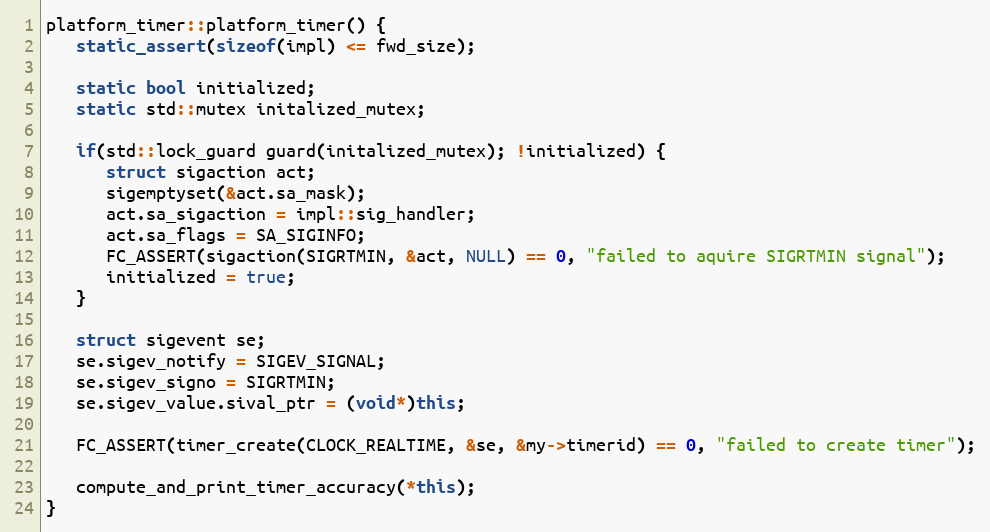
Language: C++
platform_timer::platform_timer() {
   static_assert(sizeof(impl) <= fwd_size);

   static bool initialized;
   static std::mutex initalized_mutex;

   if(std::lock_guard guard(initalized_mutex); !initialized) {
      struct sigaction act;
      sigemptyset(&act.sa_mask);
      act.sa_sigaction = impl::sig_handler;
      act.sa_flags = SA_SIGINFO;
      FC_ASSERT(sigaction(SIGRTMIN, &act, NULL) == 0, "failed to aquire SIGRTMIN signal");
      initialized = true;
   }

   struct sigevent se;
   se.sigev_notify = SIGEV_SIGNAL;
   se.sigev_signo = SIGRTMIN;
   se.sigev_value.sival_ptr = (void*)this;

   FC_ASSERT(timer_create(CLOCK_REALTIME, &se, &my->timerid) == 0, "failed to create timer");

   compute_and_print_timer_accuracy(*this);
}